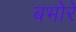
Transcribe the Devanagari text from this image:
बभोरे